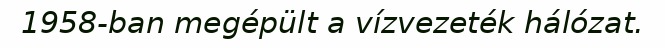
1958-ban megépült a vízvezeték hálózat.